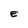
Character: E